Leaving Certificate Examination, 1919
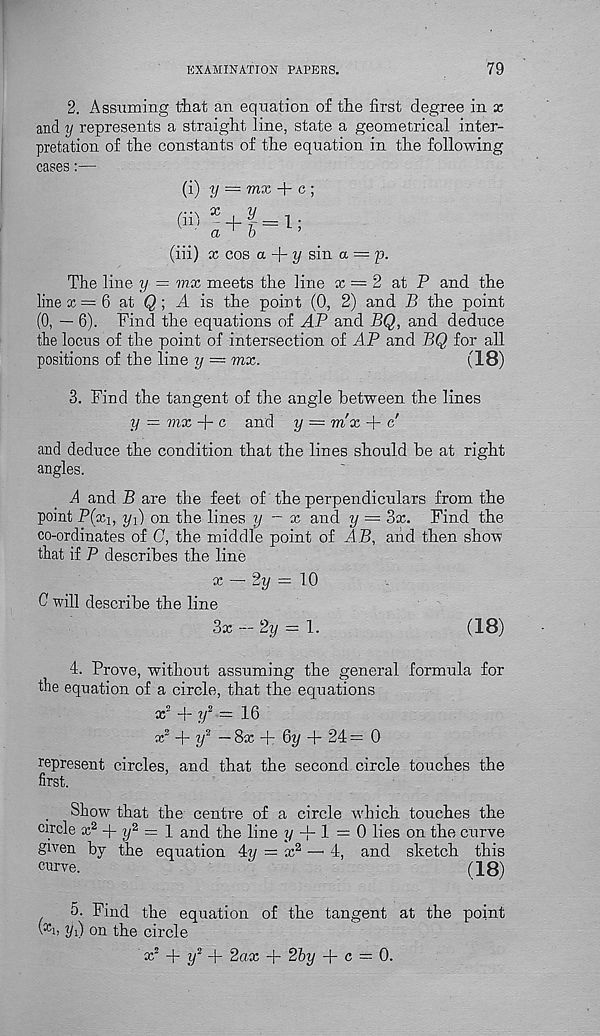
EXAMINATION PAPERS.
79
2. Assuming that an equation of the first degree in x
and y represents a straight line, state a geometrical inter-
pretation of the constants of the equation in the following
cases:—
(i) y = mx + c ;
x . y
a ' b
(iii) x cos a
y sin
(iil
+ a- = 1;
The line y = mx meets the line x = 2 at P and the
line x = 6 at Q; A is the point (0, 2) and B the point
(0, — 6). Find the equations of AP and BQ, and deduce
the locus of the point of intersection of AP and BQ for all
positions of the line y — mx.
(18)
3. Find the tangent of the angle between the lines
y = mx + c and y = mx + c'
and deduce the condition that the lines should he at right
angles.
A and B are the feet of the perpendiculars from the
point P(x b y x ) on the lines y — x and y — 3x. Find the
co-ordinates of G, the middle point of AB, and then shox?
that if P describes the line
x — 2y = 10
0 will describe the line
3x - 2y = 1.
(18)
4. Prove, without assuming the general formula for
the equation of a circle, that the equations
x ! + y 2 = 16
x 2 + i/ 2 — 8x + 6i/ + 24 = 0
represent circles, and that the second circle touches the
first.
Show that the centre of a circle which touches the
circle x 2 + y 2 = 1 and the line y -f- 1 = 0 lies on the curve
given by the equation Ay = x 2 —• 4, and sketch this
curve.
'
(18)
5. Find the equation of the tangent at the point
\ x h yA on the circle
kc 2 + y 2 + 2ax + 2by + c = 0.